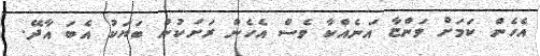
އެހެން ކަމަށް ވަންޏާ އަނެއްކާ ވެސް އެހެން ރަށަކުން ބަޔަކު އެބަ އާދޭ.